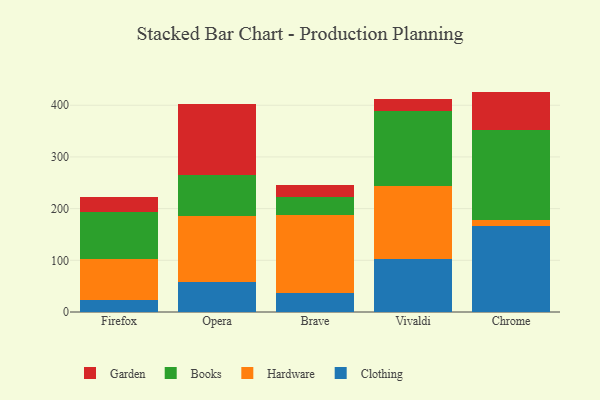
{"axis": {"x": "Browser", "y": "Humidity (%)"}, "legend": ["Books", "Clothing", "Garden", "Hardware"], "data": [{"x": "Firefox", "y": 23.7, "type": "Clothing"}, {"x": "Firefox", "y": 79.5, "type": "Hardware"}, {"x": "Firefox", "y": 89.7, "type": "Books"}, {"x": "Firefox", "y": 29.1, "type": "Garden"}, {"x": "Opera", "y": 58.4, "type": "Clothing"}, {"x": "Opera", "y": 127.5, "type": "Hardware"}, {"x": "Opera", "y": 78.9, "type": "Books"}, {"x": "Opera", "y": 138.4, "type": "Garden"}, {"x": "Brave", "y": 37.4, "type": "Clothing"}, {"x": "Brave", "y": 149.9, "type": "Hardware"}, {"x": "Brave", "y": 36.0, "type": "Books"}, {"x": "Brave", "y": 22.6, "type": "Garden"}, {"x": "Vivaldi", "y": 102.1, "type": "Clothing"}, {"x": "Vivaldi", "y": 140.9, "type": "Hardware"}, {"x": "Vivaldi", "y": 145.4, "type": "Books"}, {"x": "Vivaldi", "y": 24.0, "type": "Garden"}, {"x": "Chrome", "y": 167.0, "type": "Clothing"}, {"x": "Chrome", "y": 11.7, "type": "Hardware"}, {"x": "Chrome", "y": 173.6, "type": "Books"}, {"x": "Chrome", "y": 74.1, "type": "Garden"}]}